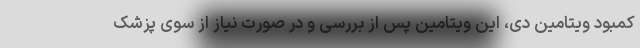
کمبود ویتامین دی، این ویتامین پس از بررسی و در صورت نیاز از سوی پزشک